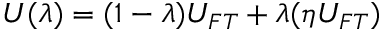
U ( \lambda ) = ( 1 - \lambda ) U _ { F T } + \lambda ( \eta U _ { F T } )